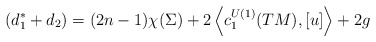
\begin{align*}~(d_{1}^{*}+d_{2}) = (2n-1)\chi(\Sigma) + 2 \left\langle c^{U(1)}_{1}(TM), [u] \right\rangle + 2g\end{align*}